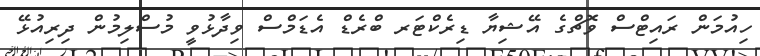
ހިއުމަން ރައިޓްސް ވޮޗްގެ އޭޝިޔާ ޑިރެކްޓަރ ބްރެޑް އެޑަމްސް ވިދާޅުވީ މުސްލިމުން ދިރިއުޅޭ